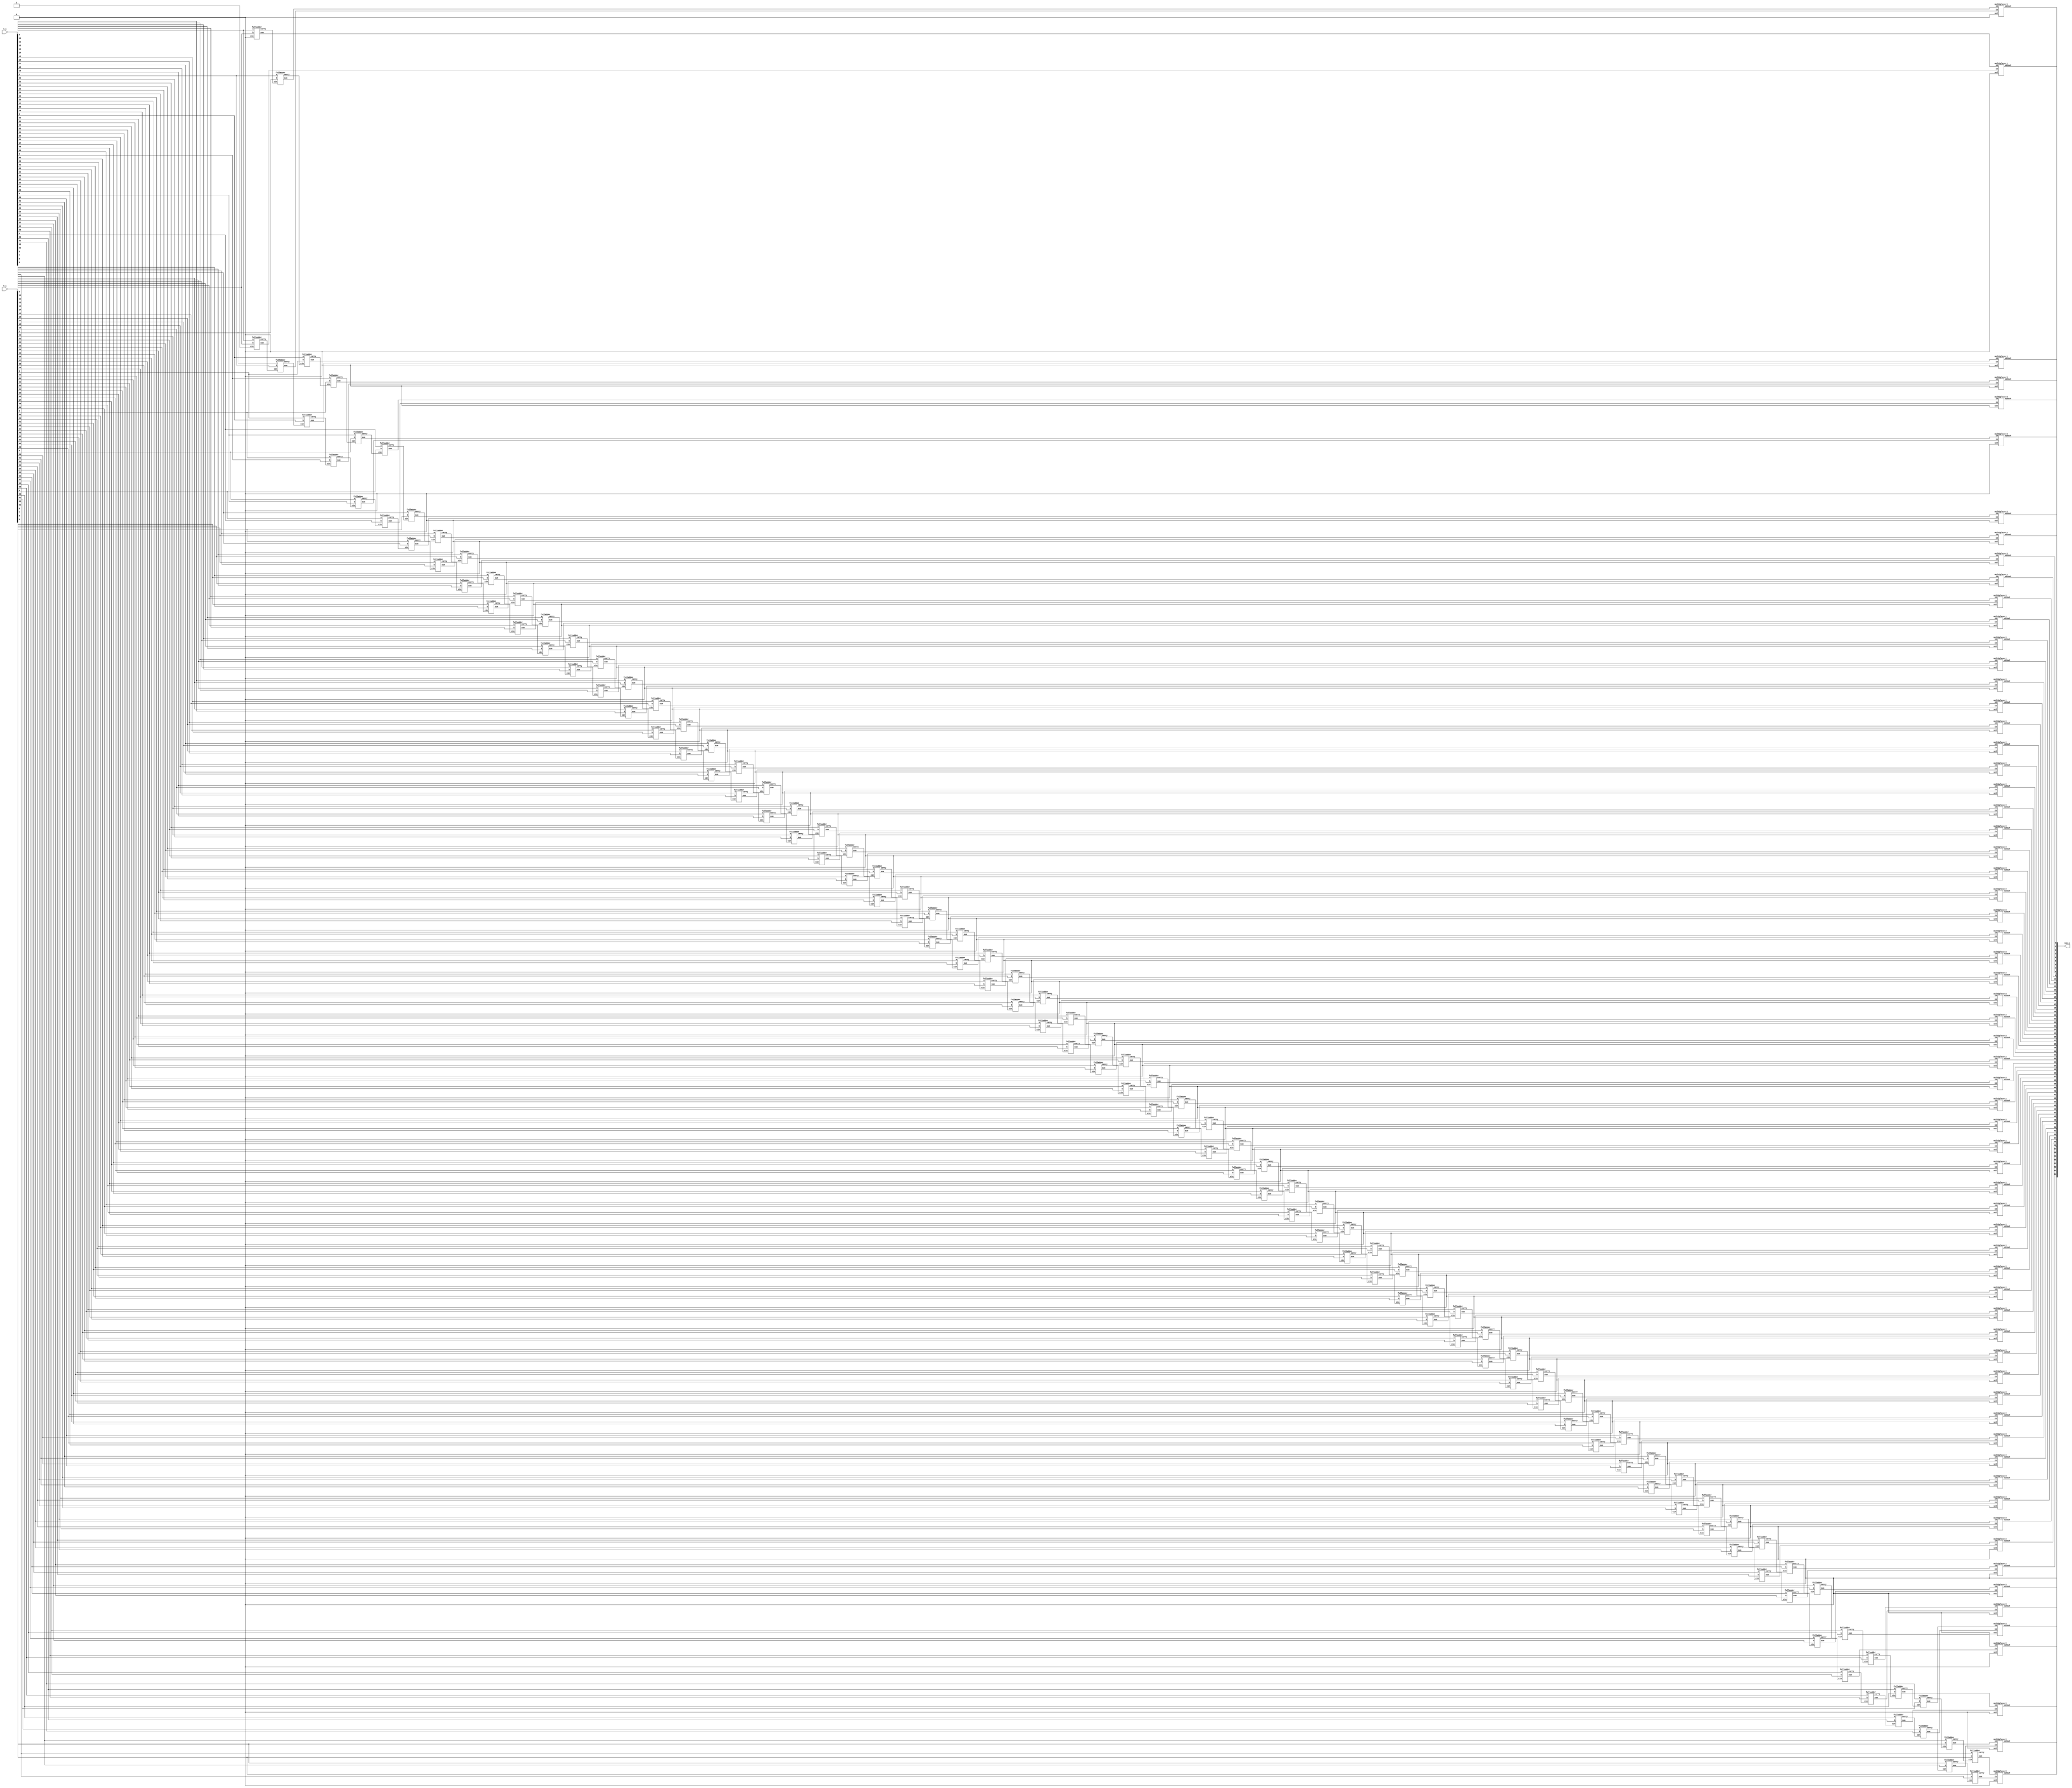
`timescale 1ns / 1ps

//carry_select_adder
module adder4(   
input [63:0] a_i,b_i,
output [64:0] sum_o 
);


reg cin = 1'b0;
wire cout;
assign sum_o[64]=1'd0;
    
wire [63:0] temp0,temp1,carry0,carry1;

//for carry 0
fulladder f0(a_i[0],b_i[0],1'b0,temp0[0],carry0[0]);
genvar i;
generate 
for (i=1; i<64; i=i+1) begin
fulladder k1(a_i[i],b_i[i],carry0[i-1],temp0[i],carry0[i]);
end
endgenerate

//for carry 1
fulladder f1(a_i[0],b_i[0],1'b1,temp1[0],carry1[0]);
genvar j;
generate 
for (j=1; j<64; j=j+1) begin
fulladder k2(b_i[j],a_i[j],carry1[j-1],temp1[j],carry1[j]);
end
endgenerate
//mux for carry
multiplexer2 mux_carry(carry0[63],carry1[63],cin,cout);
//mux's for sum
genvar z;
generate
for (z=0; z<64; z=z+1) begin
multiplexer2 s(temp0[z],temp1[z],cin,sum_o[z]);
end
    endgenerate
        endmodule 

module multiplexer2
        (   input i0,i1,sel,
            output reg bitout
            );
always@(i0,i1,sel)
begin
if(sel == 0)
    bitout = i0;
else
    bitout = i1; 
end
endmodule


module fulladder
        (   input a,b,cin,
            output sum,carry
            );
assign sum = a ^ b ^ cin;
assign carry = (a & b) | (cin & b) | (a & cin);
endmodule